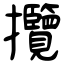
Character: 攬